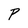
Character: P